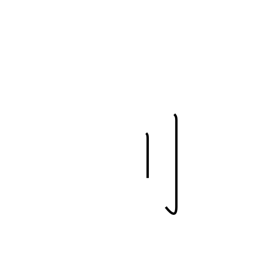
Meaning: standing sword radical (no. 18)